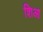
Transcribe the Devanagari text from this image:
शिआ